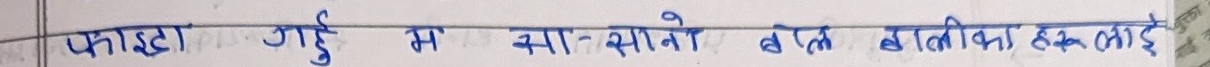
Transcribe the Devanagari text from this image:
फ्ल्याट्टा गर्दै म स्या-सानो बालकहरुलाई